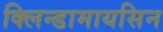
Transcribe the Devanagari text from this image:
क्लिन्डामायसिन